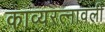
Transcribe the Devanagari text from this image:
काव्यरत्‍नावली